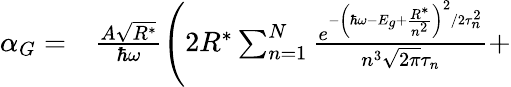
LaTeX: \begin{array}{rl}{\alpha_{G}=}&{{}\frac{A\sqrt{R^{*}}}{\hbar\omega}\Bigg(2R^{*}\sum_{n=1}^{N}\frac{e^{-\left(\hbar\omega-E_{g}+\frac{R^{*}}{n^{2}}\right)^{2}/2\tau_{n}^{2}}}{n^{3}\sqrt{2\pi}\tau_{n}}+}\end{array}